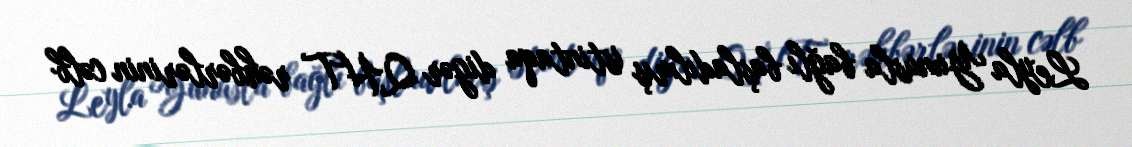
Leyla Yunusla bağlı başladılmış istintaqa digər QHT rəhbərlərinin cəlb